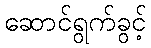
ဆောင်ရွက်ခွင့်